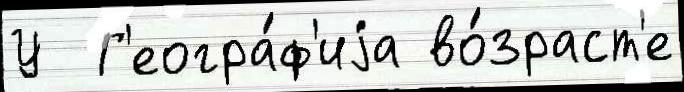
У  Г'еогра́ф'иjа во́зраст'е